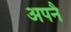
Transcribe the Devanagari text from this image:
अपनै